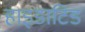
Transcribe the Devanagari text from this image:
हाइडाटिड